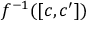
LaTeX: f ^ { - 1 } ( [ c , c ^ { \prime } ] )